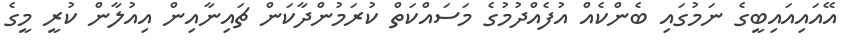
އޭއައިއައިބީގެ ނަމުގައި ބެންކެއް އުފެއްދުމުގެ މަސައްކަތް ކުރަމުންދާކަން ޗައިނާއިން އިއުލާން ކުރީ މީގެ